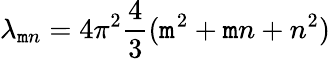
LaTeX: \lambda_{\mathtt{m}n}=4\pi^{2}{\frac{{4}}{{3}}}(\mathtt{m}^{2}+\mathtt{m}n+n^{2})